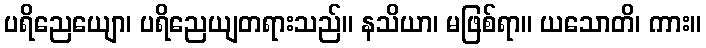
ပရိညေယျော၊ ပရိညေယျတရားသည်။ နသိယာ၊ မဖြစ်ရာ။ ယသောတိ၊ ကား။